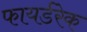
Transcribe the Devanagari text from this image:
फायर्डरेक